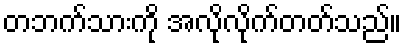
တဘက်သားကို အလိုလိုက်တတ်သည်။